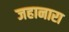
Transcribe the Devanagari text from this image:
जहानारा